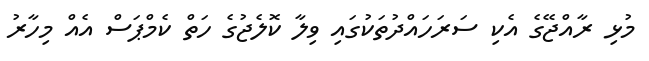
މުޅި ރާއްޖޭގެ އެކި ސަރަހައްދުތަކުގައި ވިލާ ކޮލެޖުގެ ހަތް ކެމްޕަސް އެއް މިހާރު